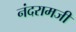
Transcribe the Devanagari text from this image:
नंदरामजी